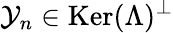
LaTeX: \mathcal{Y}_{n}\in\mathop{\mathrm{Ker}}(\Lambda)^{\perp}